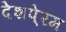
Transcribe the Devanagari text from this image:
देशपे्रम